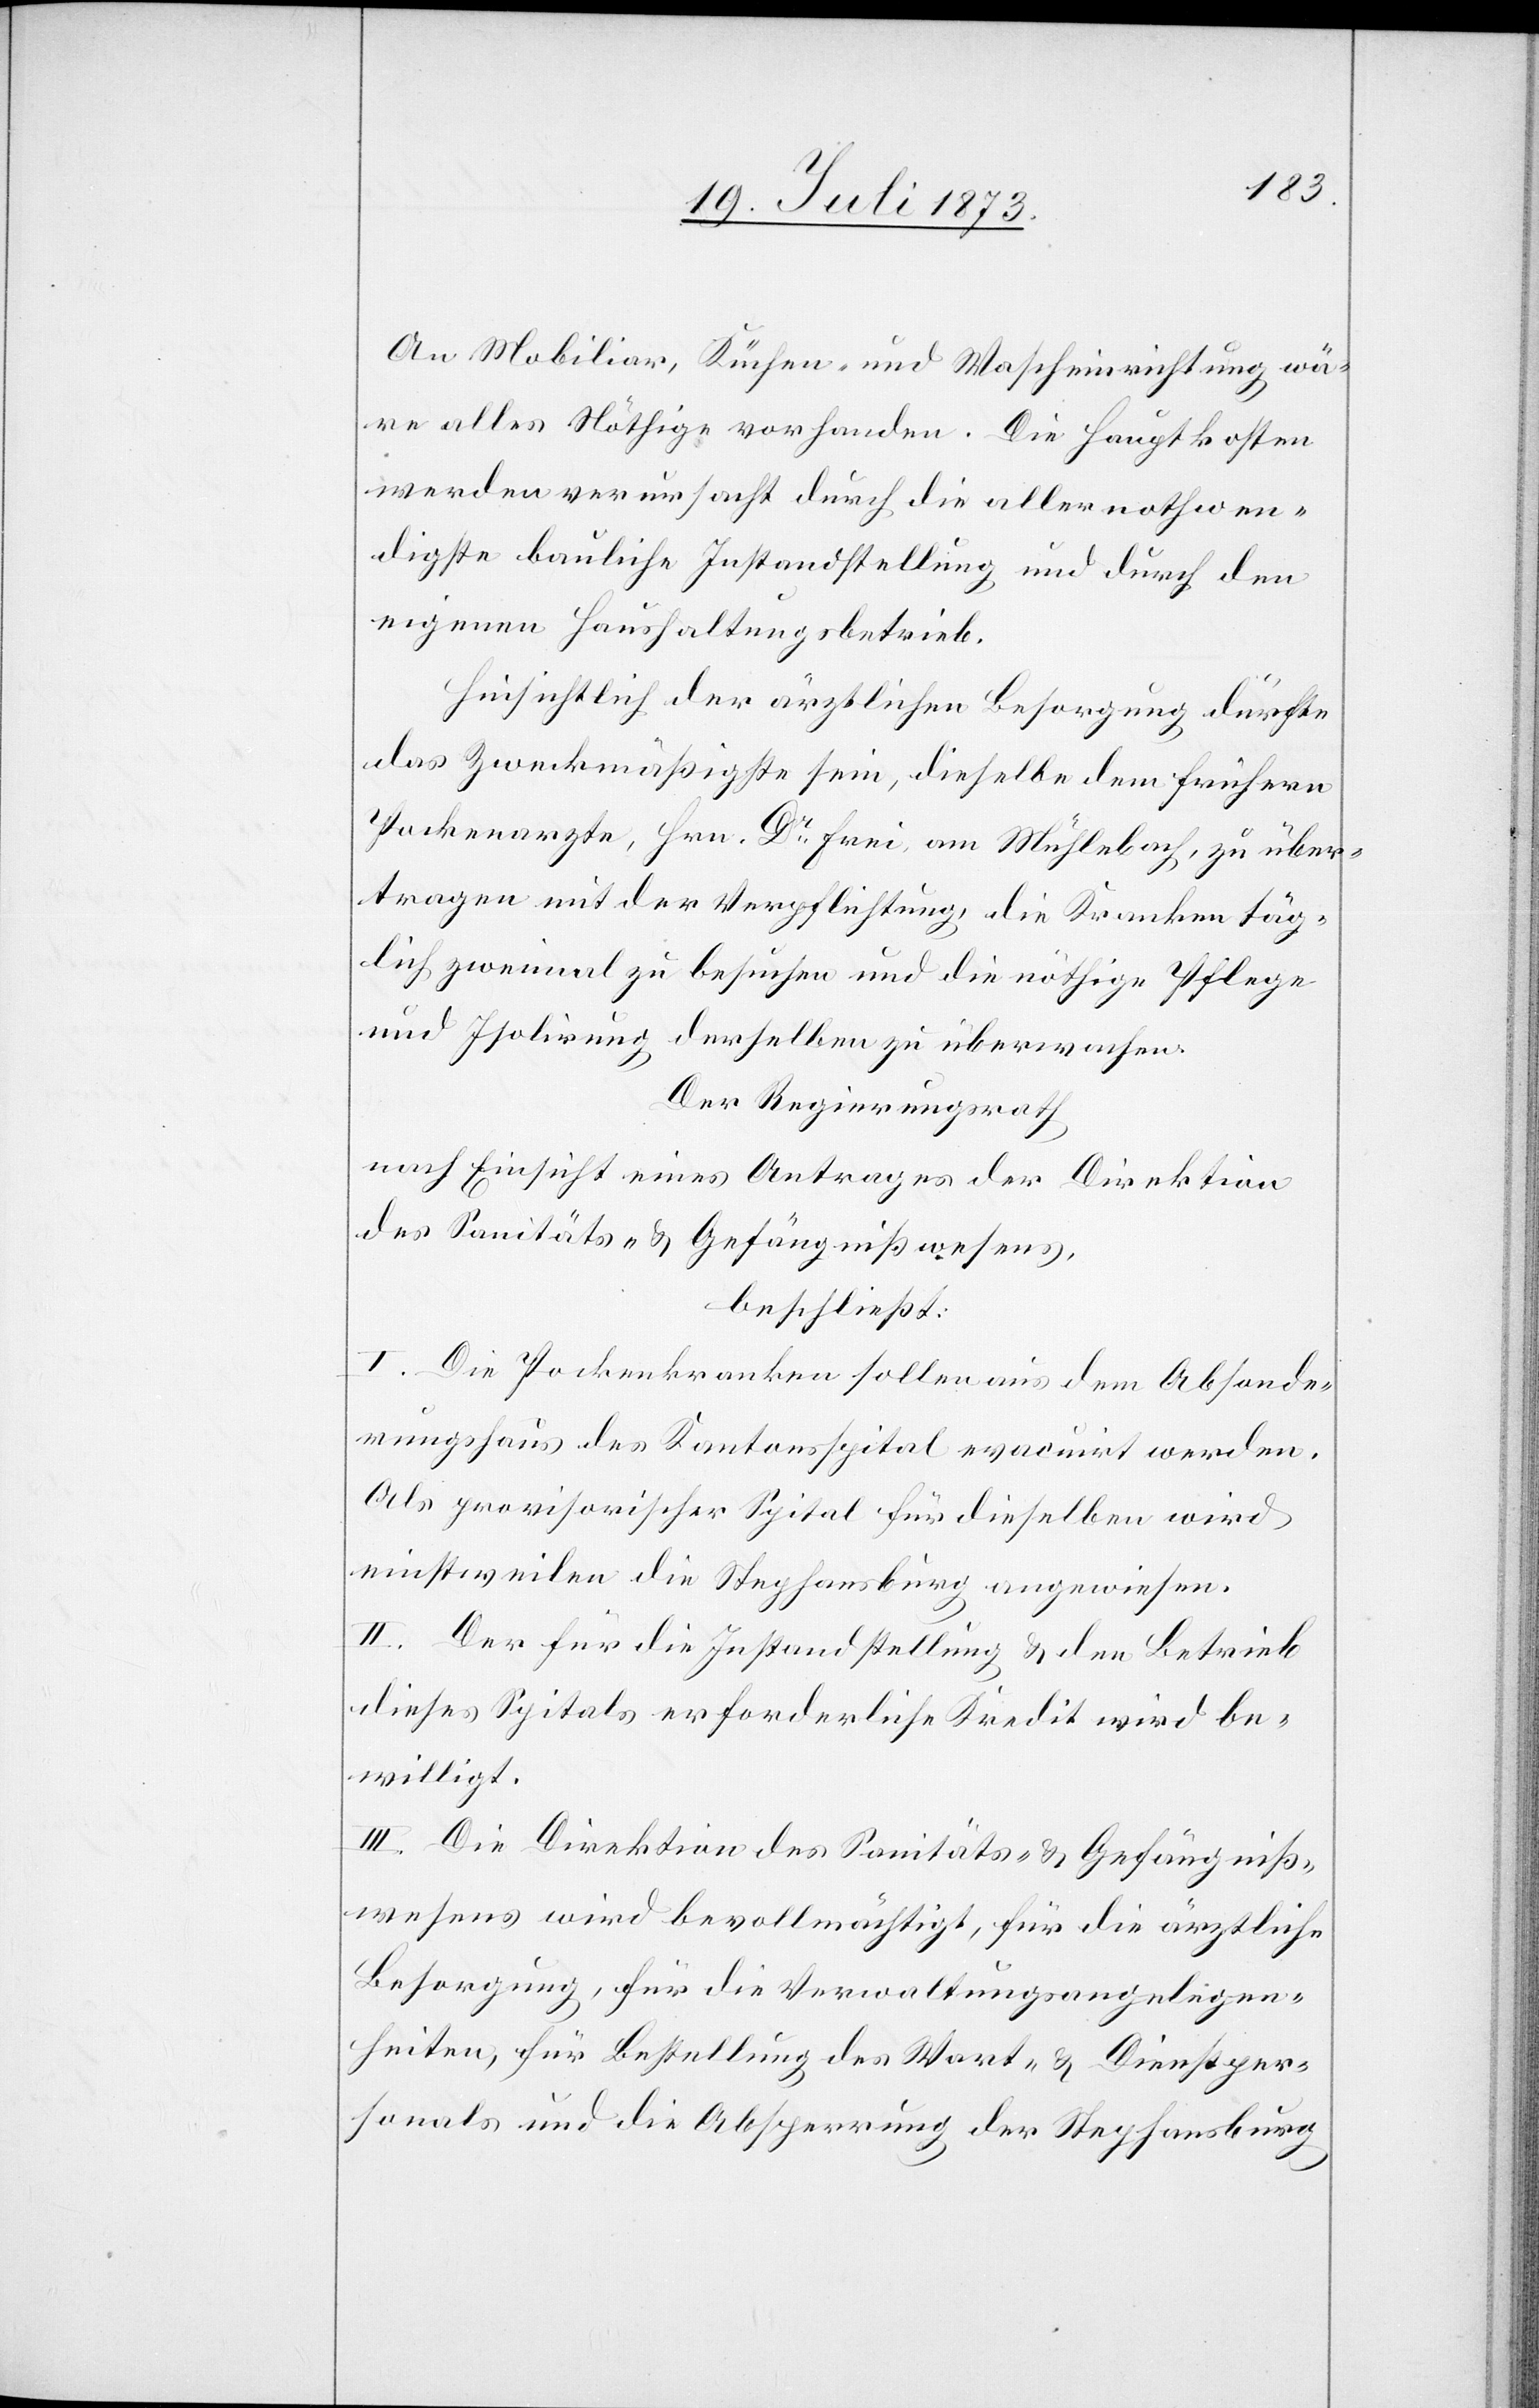
An Mobiliar, Küchen- und Wascheinrichtung wä¬
re alles Nöthige vorhanden. Die Hauptkosten
werden verursacht durch die allernothwen¬
digste bauliche Instandstellung und durch den
eigenen Haushaltungsbetrieb.
Hinsichtlich der ärztlichen Besorgung dürfte
das Zweckmäßigste sein, dieselbe dem frühern
Pockenarzte, Hrn. Dr Frei, am Mühlebach, zu über¬
tragen mit der Verpflichtung, die Kranken täg¬
lich zweimal zu besuchen und die nöthige Pflege
und Isolirung derselben zu überwachen.
Der Regierungsrath
nach Einsicht eines Antrages der Direktion
des Sanitäts- & Gefängnißwesens,
beschließt:
I. Die Pockenkranken sollen aus dem Absonde¬
rungshaus des Kantonsspital evacuirt werden.
Als provisorischer Spital für dieselben wird
einstweilen die Stephansburg angewiesen.
II. Der für die Instandstellung & den Betrieb
dieses Spitals erforderliche Kredit wird be¬
willigt.
III. Die Direktion des Sanitäts- & Gefängniß¬
wesens wird bevollmächtigt, für die ärztliche
Besorgung, für die Verwaltungsangelegen¬
heiten, für Bestellung des Wart- & Dienstper¬
sonals und die Absperrung der Stephansburg